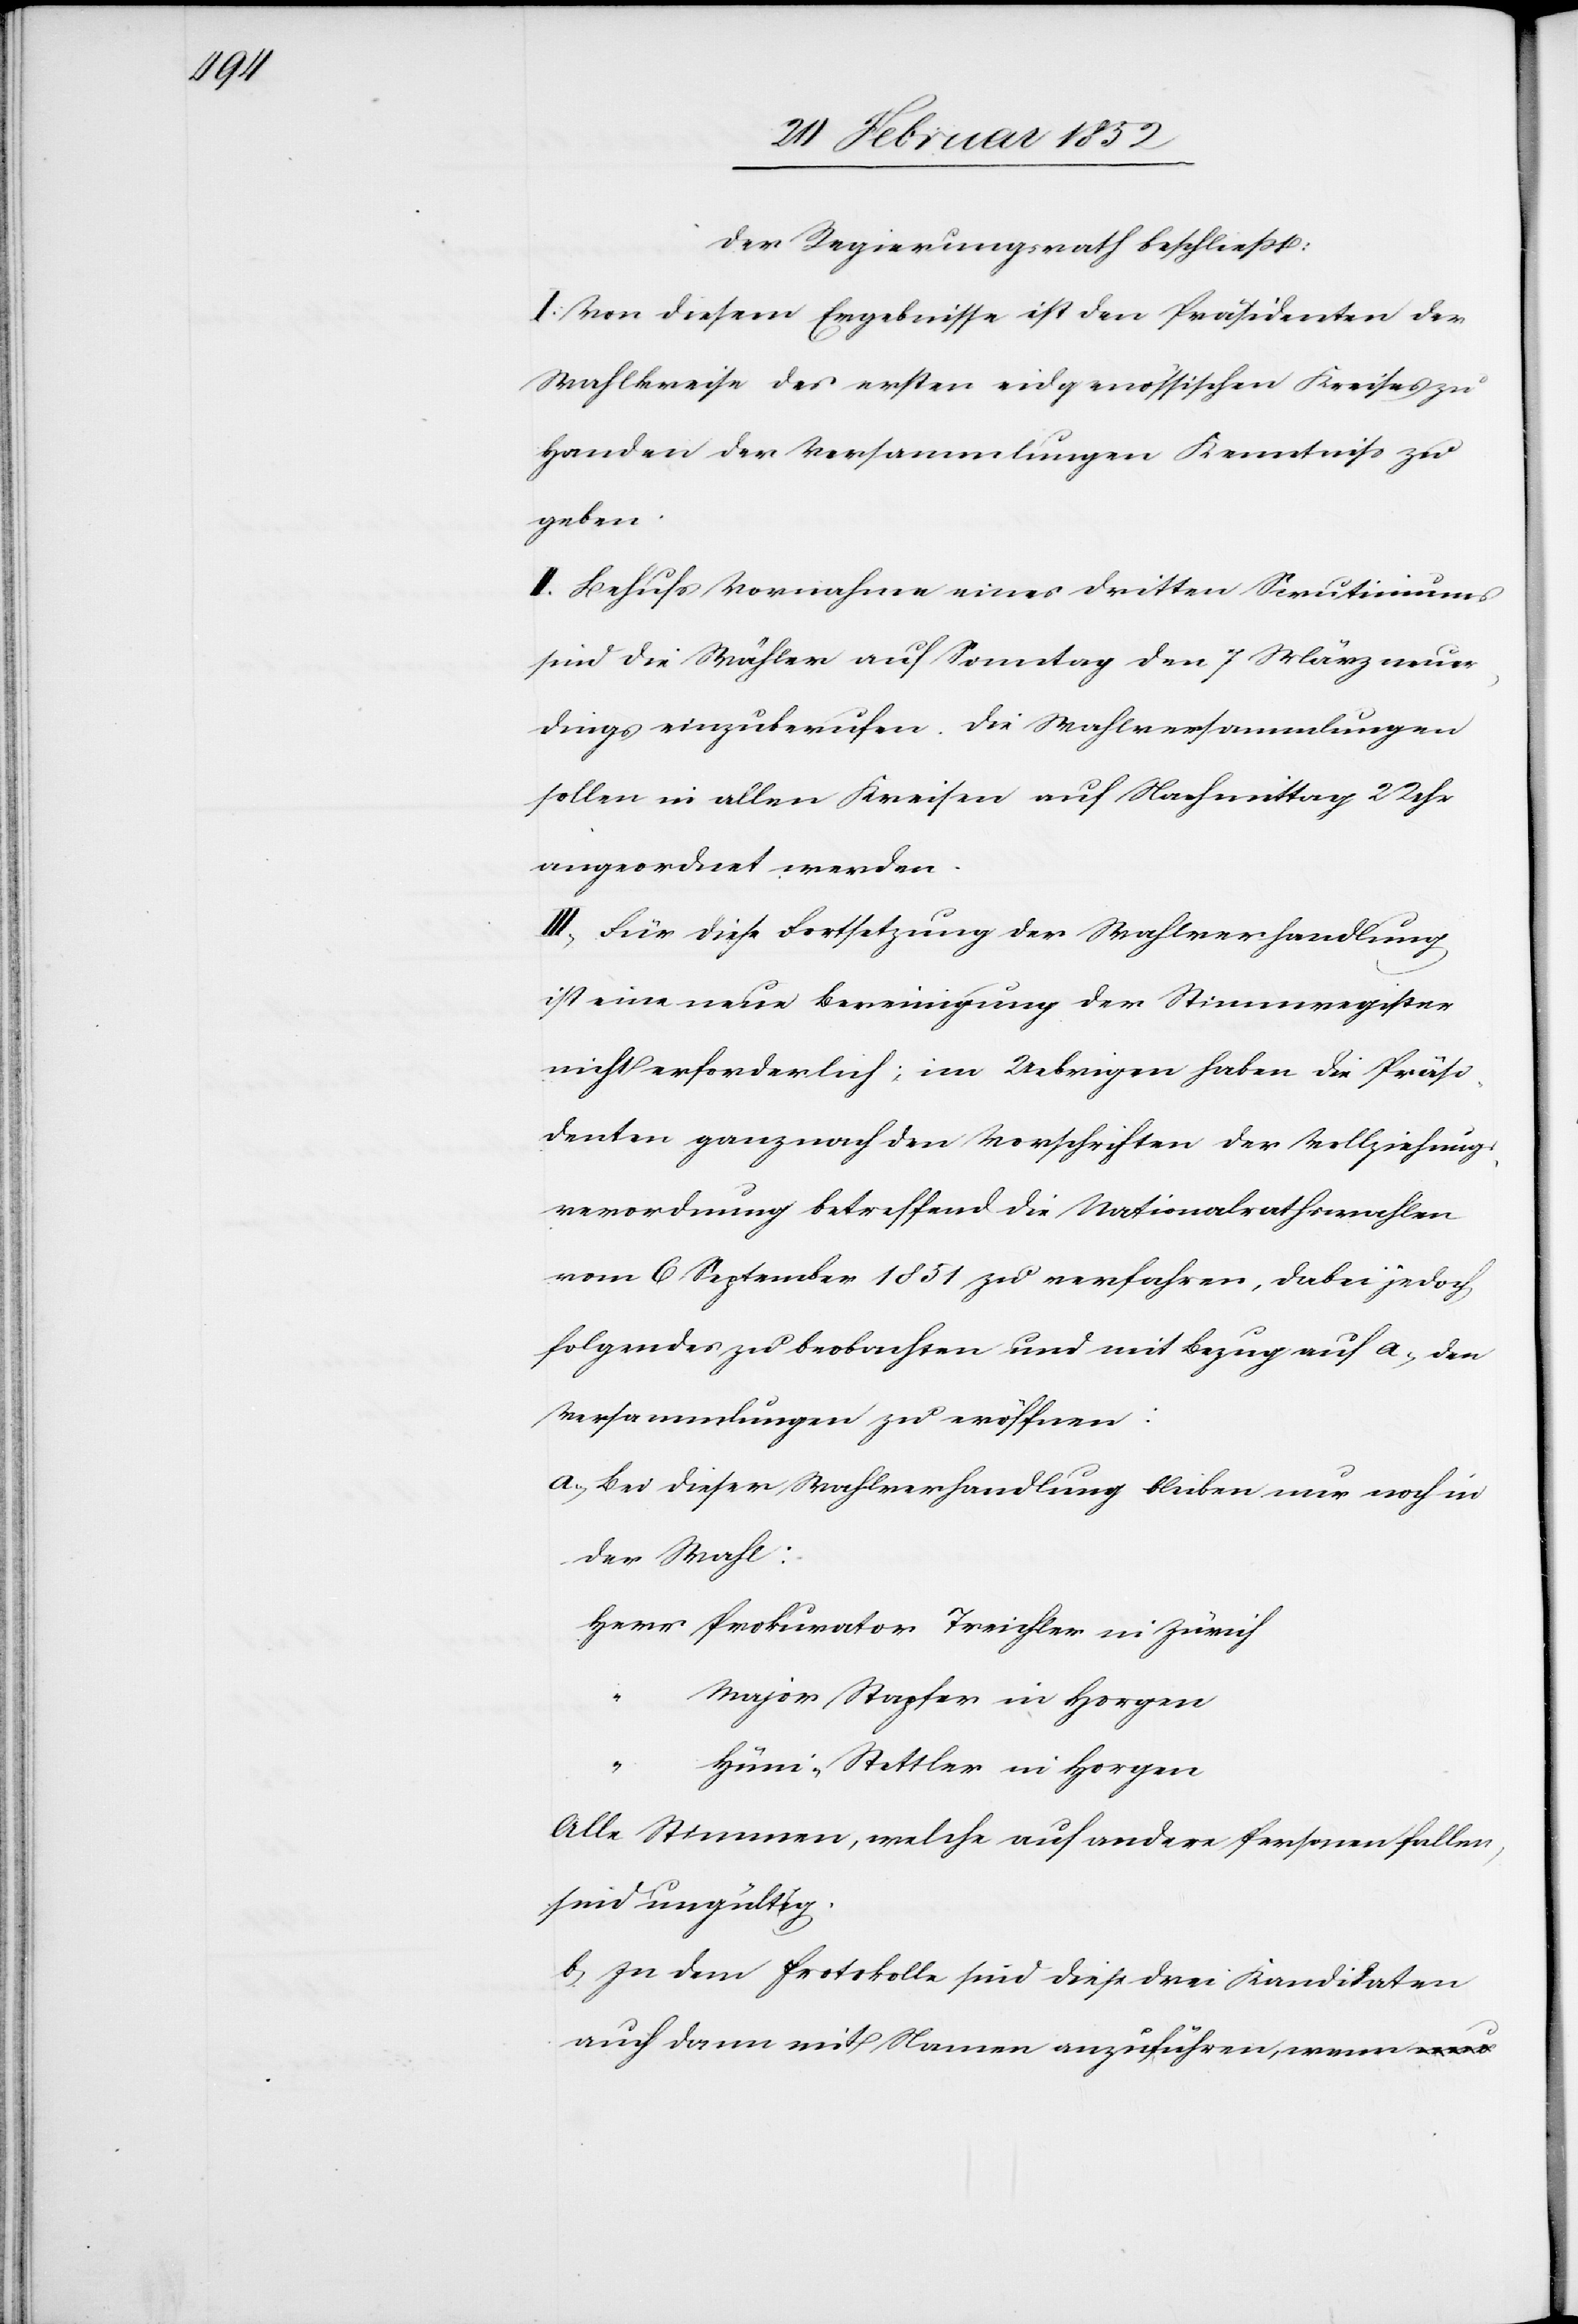
Der Regierungsrath beschließt:
I. Von diesem Ergebnisse ist den Präsidenten der
Wahlkreise des ersten eidgenössischen Kreises zu
Handen der Versammlungen Kenntniß zu
geben.
II. Behufs Vornahme eines dritten Scrutiniums
sind die Wähler auf Sonntag den 7 März neuer¬
dings einzuberufen. Die Wahlversammlungen
sollen in allen Kreise auf Nachmittag 2 Uhr
angeordnet werden.
III. Für diese Fortsetzung der Wahlverhandlung
ist eine neue Bereinigung der Stimmregister
nicht erforderlich; im Uebrigen haben die Präsi¬
denten ganz nach den Vorschriften der Vollziehungs¬
verordnung betreffend die Nationalrathswahlen
vom 6 September 1851 zu verfahren, dabei jedoch
folgendes zu beobachten und mit Bezug auf a.) den
Versammlungen zu eröffnen:
a.) Bei dieser Wahlverhandlung blieben nur noch in
der Wahl:
Herr Prokurator Treichler in Zürich
Major Stapfer in Horgen
“
Hüni-Stettler in Horgen
Alle Stimmen, welche auf andere Personen fallen,
sind ungültig.
b) In dem Protokolle sind diese drei Kandidaten
auch dann mit Namen anzuführen, wenn